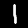
Label: 1